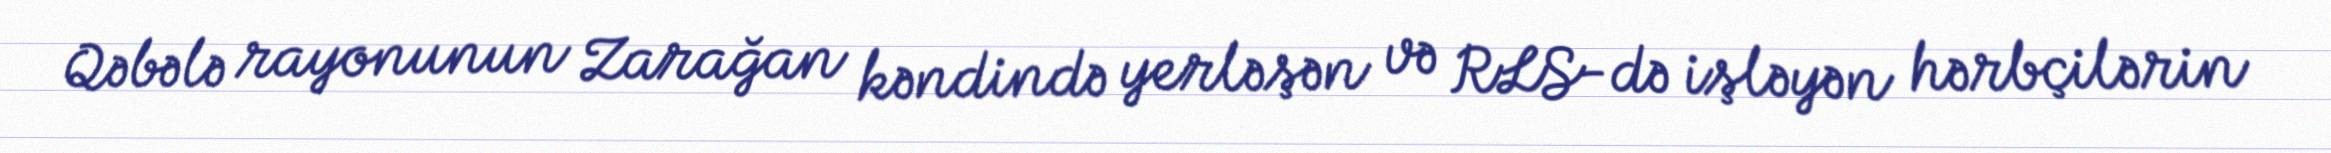
Qəbələ rayonunun Zarağan kəndində yerləşən və RLS-də işləyən hərbçilərin